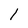
Character: 1